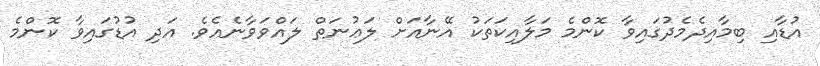
އުޑާއި ބިމާއިދެމެދުގައިވާ ކޮންމެ މަލާއިކަތަކު އޭނާއަށް ލަޢުނަތް ލައްވަވާނެއެވެ. އަދި އުޑުގައިވާ ކޮންމެ